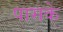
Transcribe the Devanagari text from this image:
पासके